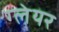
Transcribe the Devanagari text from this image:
ग्‍लेयर